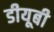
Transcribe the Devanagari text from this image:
डीयूबी